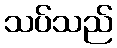
သပ်သည်